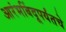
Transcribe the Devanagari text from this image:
आरंभबिंदूपर्यंतचे